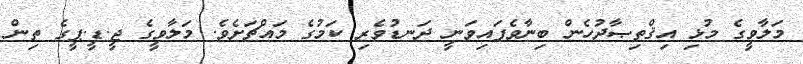
މަލާވީގެ މުޅި އިޤްތިޞާދުހެން ބިނާވެފައިވަނީ ދަނޑުވެރި ކަމުގެ މައްޗަށެވެ. މަލާވީގެ ޖީ.ޑީ.ޕީީގެ ތިން